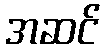
အဆင်